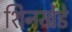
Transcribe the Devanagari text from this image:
शिनखेडे